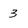
Character: 3